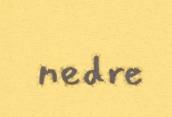
nedre